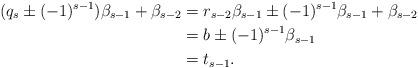
LaTeX: \begin{align*}(q_s \pm(-1)^{s-1})\beta_{s-1} +\beta_{s-2} &= r_{s-2} \beta_{s-1} \pm (-1)^{s-1} \beta_{s-1} + \beta_{s-2}\\&= b \pm (-1)^{s-1} \beta_{s-1} \\&= t_{s-1}.\end{align*}